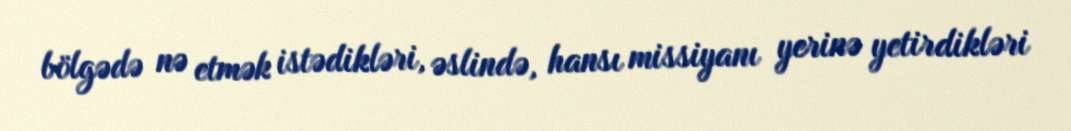
bölgədə nə etmək istədikləri, əslində, hansı missiyanı yerinə yetirdikləri